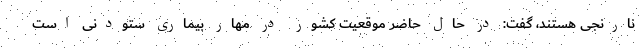
نارنجی هستند، گفت: در حال حاضر موقعیت کشور در مهار بیماری ستودنی است